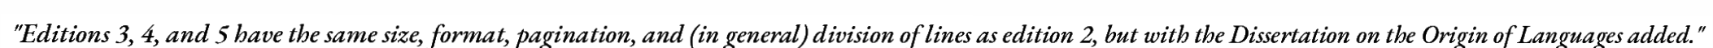
"Editions 3, 4, and 5 have the same size, format, pagination, and (in general) division of lines as edition 2, but with the Dissertation on the Origin of Languages added."